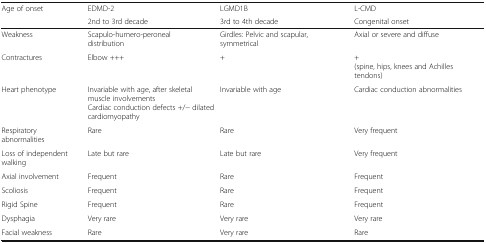
<table><thead><tr><td rowspan="2"><b>Age of onset</b></td><td><b>EDMD-2</b></td><td><b>LGMD1B</b></td><td><b>L-CMD</b></td></tr><tr><td><b>2nd to 3rd decade</b></td><td><b>3rd to 4th decade</b></td><td><b>Congenital onset</b></td></tr></thead><tbody><tr><td>Weakness</td><td>Scapulo-humero-peroneal distribution</td><td>Girdles: Pelvic and scapular, symmetrical</td><td>Axial or severe and diffuse</td></tr><tr><td>Contractures</td><td>Elbow +++</td><td>+</td><td>+(spine, hips, knees and Achilles tendons)</td></tr><tr><td>Heart phenotype</td><td>Invariable with age, after skeletal muscle involvementsCardiac conduction defects +/− dilated cardiomyopathy</td><td>Invariable with age</td><td>Cardiac conduction abnormalities</td></tr><tr><td>Respiratory abnormalities</td><td>Rare</td><td>Rare</td><td>Very frequent</td></tr><tr><td>Loss of independent walking</td><td>Late but rare</td><td>Late but rare</td><td>Very frequent</td></tr><tr><td>Axial involvement</td><td>Frequent</td><td>Rare</td><td>Frequent</td></tr><tr><td>Scoliosis</td><td>Frequent</td><td>Rare</td><td>Frequent</td></tr><tr><td>Rigid Spine</td><td>Frequent</td><td>Rare</td><td>Frequent</td></tr><tr><td>Dysphagia</td><td>Very rare</td><td>Very rare</td><td>Very rare</td></tr><tr><td>Facial weakness</td><td>Rare</td><td>Very rare</td><td>Rare</td></tr></tbody></table>